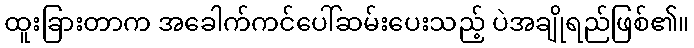
ထူးခြားတာက အခေါက်ကင်ပေါ်ဆမ်းပေးသည့် ပဲအချိုရည်ဖြစ်၏။